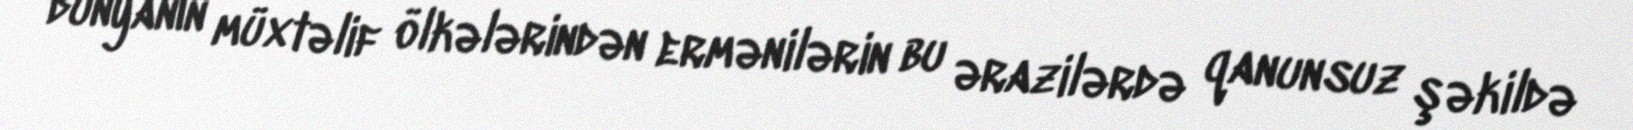
dünyanın müxtəlif ölkələrindən ermənilərin bu ərazilərdə qanunsuz şəkildə